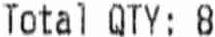
TOTAL QTY: 8